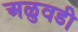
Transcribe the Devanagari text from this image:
अळुवडी